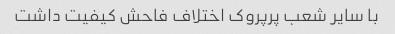
با سایر شعب پرپروک اختلاف فاحش کیفیت داشت